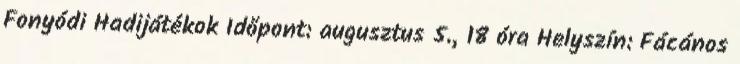
Fonyódi Hadijátékok Időpont: augusztus 5., 18 óra Helyszín: Fácános